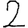
Digit: 2